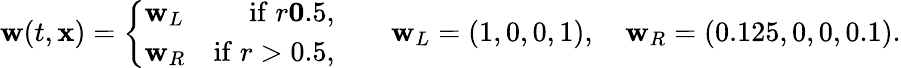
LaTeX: \mathbf{w}(t,\mathbf{x})=\left\lbrace\begin{array}{lr}{\mathbf{w}_{L}}&{\mathrm{if}\; r\le 0.5,}\\ {\mathbf{w}_{R}}&{\mathrm{if}\; r>0.5,}\end{array}\right.\qquad\mathbf{w}_{L}=\left(1,0,0,1\right),\quad\mathbf{w}_{R}=\left(0.125,0,0,0.1\right).